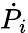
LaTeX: {\dot{P}}_{i}